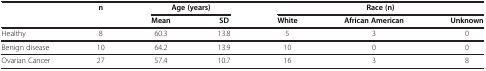
|  | n | <COLSPAN=2> Age (years) | <COLSPAN=3> Race (n) |
 |  |  | Mean | SD | White | African American | Unknown |
 | --- | --- | --- | --- | --- | --- | --- |
 | Healthy | 8 | 60.3 | 13.8 | 5 | 3 | 0 |
 | Benign disease | 10 | 64.2 | 13.9 | 10 | 0 | 0 |
 | Ovarian Cancer | 27 | 57.4 | 10.7 | 16 | 3 | 8 |